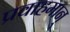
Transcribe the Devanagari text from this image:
प्रवाहमान्